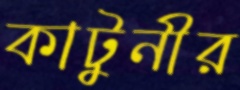
কাটুনীর